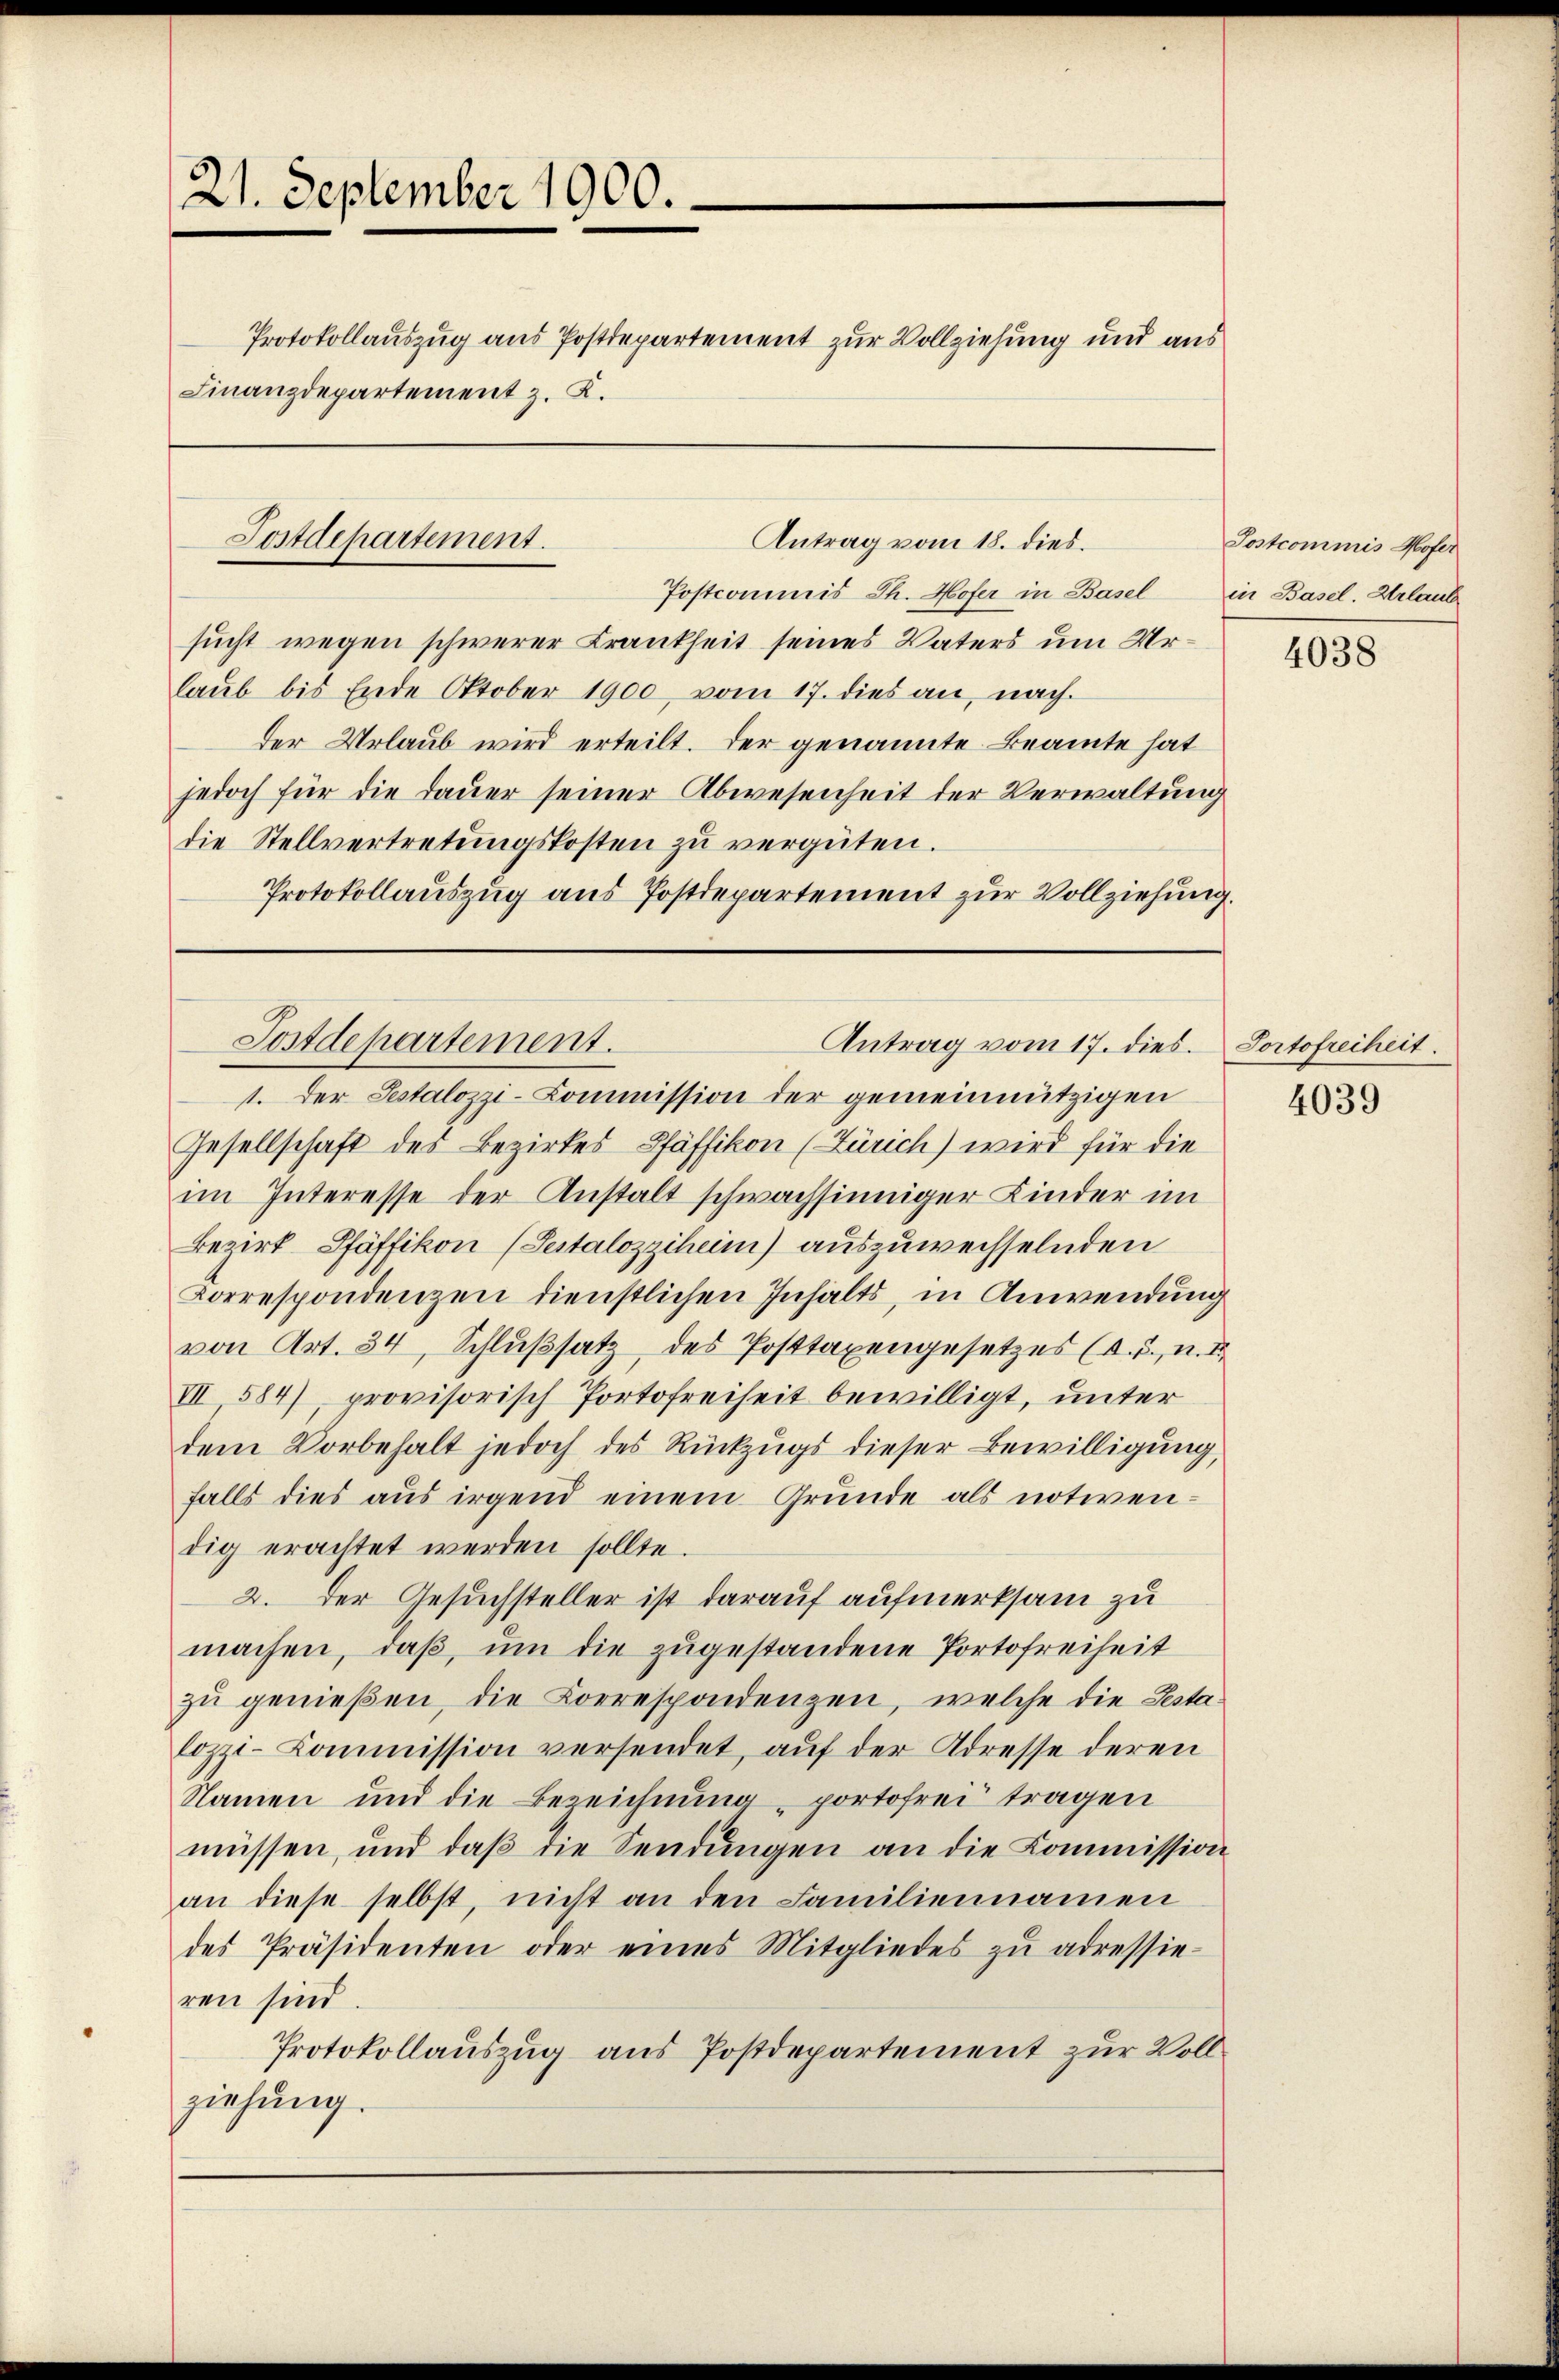
21. September 1900.
Protokollauszug aus Postdepartement zur Vollziehung und aus
Finanzdepartement z. K.

Postdepartement.

Postcommis Th. Hofer in Basel in Basel. Urlaub
sucht wegen schwerer Krankheit seines Vaters um Urlaub bis Ende Oktober 1900 vom 17. dies an, nach
der Urlaub wird erteilt. Der genannte Beamte hat
jedoch für die dauer seiner Abwesenheit der Verwaltung
die Stellvertretŭngskosten zŭ vergüten.
Protokollauszug aus Postdepartement zur Vollziehung.

1. Der Testalozzi-Commission der gemeinnützigen
Gesellschaft des Bezirkes Pfäffikon (Zürich) wird für die
im Interesse der Anstalt schwachsinniger Kinder im
Bezirk Pfäffikon (Testalozziheim) auszuwechselnden
Correspondenzen dienstlichen Inhalts, in Anwendung
von Art. 34, Schlußsatz des Posttaxengesetzes (s. S., n. I
III 584), provisorisch Portofreiheit bewilligt, unter
dem Vorbehalt jedoch des Rückzugs dieser Bewilligung,
falls dies aus irgend einem Grunde als notwen-
dig erachtet werden sollte.
2. Der Gesuchsteller ist darauf aufmerksam zu
machen, daß, um die zugestandene Portofreiheit
zŭ genießen, die Korrespondenzen, welche die Testa-
lozzi-Kommission versendet, aŭf der Adresse deren
Namen und die Bezeichnung portofrei tragen
müssen, und daß die Sendungen an die Kommission
an diese selbst, nicht an den Familiennamen
des Präsidenten oder eines Mitgliedes zŭ adressie-
ren sind
Protokollauszug aus Postdepartement zur Vollziehung.

Antrag vom 18. dies

Postdepartement.
Antrag vom 17. dies. Portofreiheit.

Postcommis Hofer

4038

4039